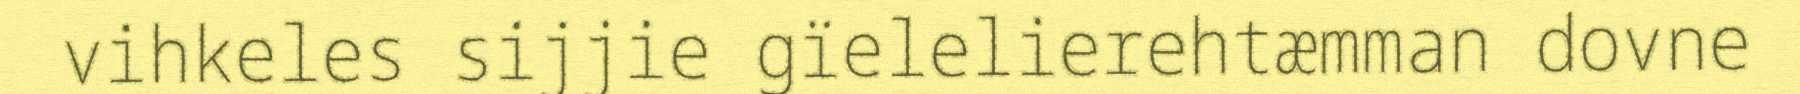
vihkeles sijjie gïelelierehtæmman dovne